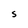
Character: S